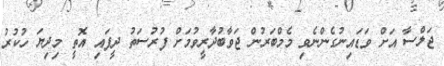
ޖަލްސާ އަށް ވަޑައިނުގެންނެވި މެމްބަރުން ޖަވާބުދާރީވުމަށް ފުރުސަތު ދީފައި އޮތީ މިދިޔަ ހުކުރު